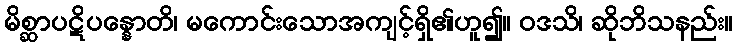
မိစ္ဆာပဋိပန္နောတိ၊ မကောင်းသောအကျင့်ရှိ၏ဟူ၍။ ဝဒသိ၊ ဆိုဘိသနည်း။